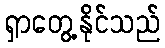
ရှာတွေ့နိုင်သည်